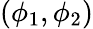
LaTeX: (\phi_{1},\phi_{2})